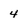
Character: 4